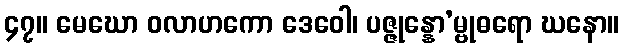
၄၇။ မေဃော ဝလာဟကော ဒေဝေါ၊ ပဇ္ဇုန္နော’မ္ဗုဓရော ဃနော။